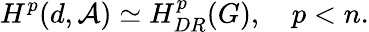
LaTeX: H^{p}(d,{\cal A})\simeq H_{DR}^{p}(G),\ \ \ \ p<n.